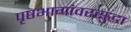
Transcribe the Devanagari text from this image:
पृष्ठभागांवरसुद्धा